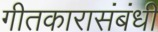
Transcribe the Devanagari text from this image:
गीतकारासंबंधी